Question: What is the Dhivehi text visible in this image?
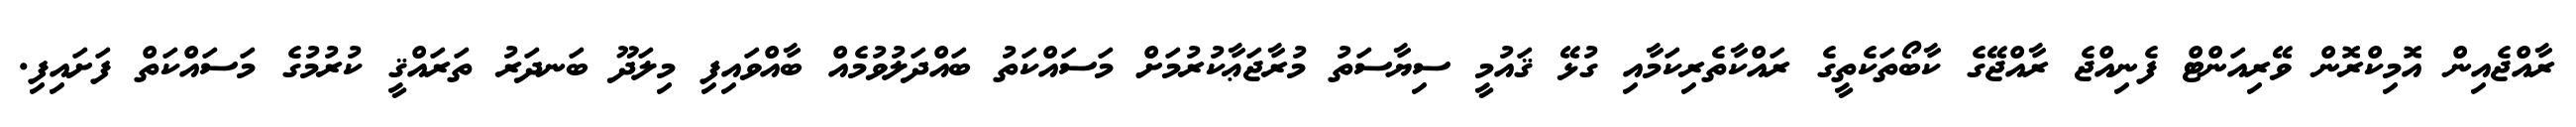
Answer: ރާއްޖެއިން އޮމިކްރޮން ވޭރިއަންޓް ފެނިއްޖެ ރާއްޖޭގެ ކާބޯތަކެތީގެ ރައްކާތެރިކަމާއި ގުޅޭ ޤައުމީ ސިޔާސަތު މުރާޖަޢާކުރުމަށް މަސައްކަތު ބައްދަލުވުމެއް ބާއްވައިފި މިލަދޫ ބަނދަރު ތަރައްޤީ ކުރުމުގެ މަސައްކަތް ފަށައިފި.